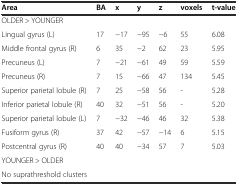
| Area | BA | x | y | z | voxels | t-value |
 | --- | --- | --- | --- | --- | --- | --- |
 | <COLSPAN=7> OLDER > YOUNGER |
 | Lingual gyrus (L) | 17 | −17 | −95 | −6 | 55 | 6.08 |
 | Middle frontal gyrus (R) | 6 | 35 | −2 | 62 | 23 | 5.95 |
 | Precuneus (L) | 7 | −21 | −61 | 49 | 59 | 5.59 |
 | Precuneus (R) | 7 | 15 | −66 | 47 | 134 | 5.45 |
 | Superior parietal lobule (R) | 7 | 25 | −58 | 56 | - | 5.28 |
 | Inferior parietal lobule (R) | 40 | 32 | −51 | 56 | - | 5.20 |
 | Superior parietal lobule (L) | 7 | −32 | −46 | 46 | 32 | 5.38 |
 | Fusiform gyrus (R) | 37 | 42 | −57 | −14 | 6 | 5.15 |
 | Postcentral gyrus (R) | 40 | 40 | −34 | 57 | 7 | 5.03 |
 | YOUNGER > OLDER |  |  |  |  |  |  |
 | No suprathreshold clusters |  |  |  |  |  |  |